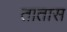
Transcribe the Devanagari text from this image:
तातास